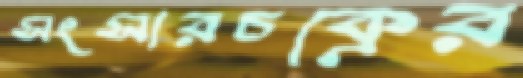
সংসারচক্রের